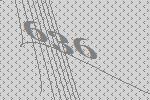
636